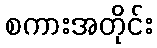
စကားအတိုင်း